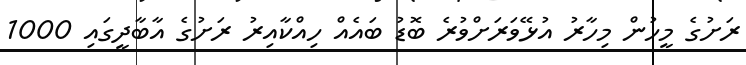
ރަށުގެ މީހުން މިހާރު އުޅޭވަރަށްވުރެ ބޮޑު ބައެއް ހިއްކާއިރު ރަށުގެ އާބާދީގައި 1000